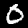
Digit: 0